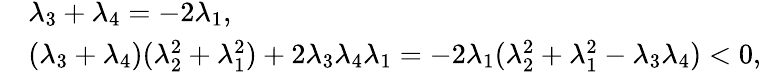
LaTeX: \begin{array}{rl}&{\lambda_{3}+\lambda_{4}=-2\lambda_{1},}\\ &{(\lambda_{3}+\lambda_{4})(\lambda_{2}^{2}+\lambda_{1}^{2})+2\lambda_{3}\lambda_{4}\lambda_{1}=-2\lambda_{1}(\lambda_{2}^{2}+\lambda_{1}^{2}-\lambda_{3}\lambda_{4})<0,}\end{array}